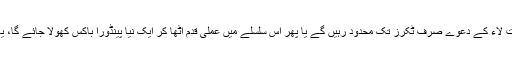
حد قذف اور شریعت لاء کے دعوے صرف ٹکرز تک محدود رہیں گے یا پھر اس سلسلے میں عملی قدم اٹھا کر ایک نیا پینڈورا باکس کھولا جائے گا، یہ تو وقت بتائے گا۔